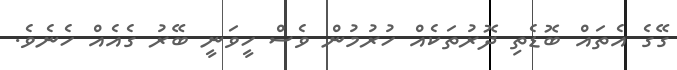
ގޭގެ އެތައް ބޮޑެތި ދޮރުތަކެއް ހުރުމުން ވެސް ހީވަނީ ބޭރު ގެއެއް ހެނެވެ.